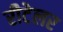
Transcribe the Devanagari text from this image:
रीटेलर